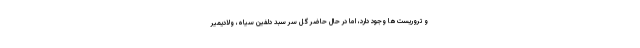
و تروریست‌ها وجود دارد، اما در حال حاضر گل سر سبد دلفین سیاه، ولادیمیر